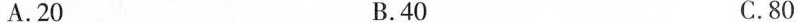
A.20 B.40 C.80